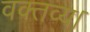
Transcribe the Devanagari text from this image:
वक्तव्य।